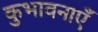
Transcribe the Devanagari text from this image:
कुभावनाएँ